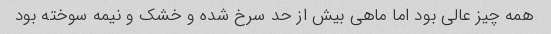
همه چیز عالی بود اما ماهی بیش از حد سرخ شده و خشک و نیمه سوخته بود